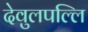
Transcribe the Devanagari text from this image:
देवुलपल्लि